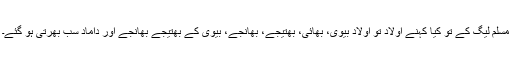
مسلم لیگ کے تو کیا کہنے اولاد تو اولاد بیوی، بھائی، بھتیجے، بھانجے، بیوی کے بھتیجے بھانجے اور داماد سب بھرتی ہو گئے۔